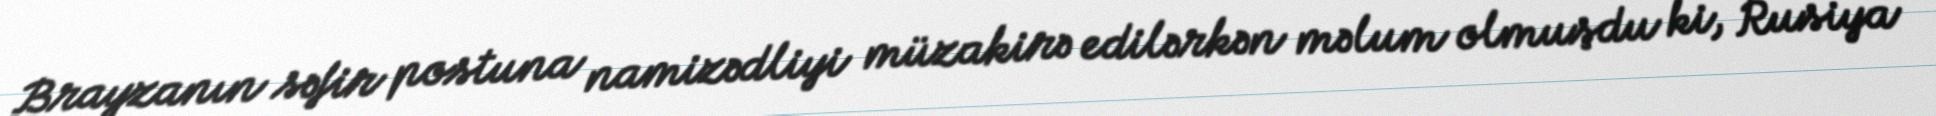
Brayzanın səfir postuna namizədliyi müzakirə edilərkən məlum olmuşdu ki, Rusiya